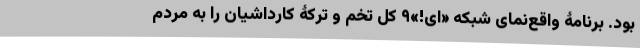
بود. برنامۀ واقع‌نمای شبکه «ای!»۹ کل تخم و ترکۀ کارداشیان را به مردم